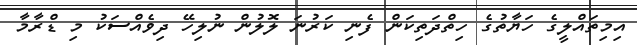
އިމިތައްލީގެ ހަޔާތުގެ ހިތްދަތިކަން ފެނި ކަރުނަ ލޮލުން ނުލިހޭ ދިވެއްސަކު މި ޑްރާމާ